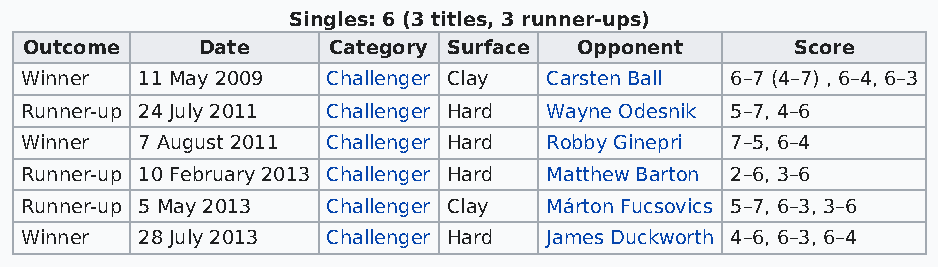
Singles: 6 (3 titles, 3 runner-ups)
 Outcome    Date     Category Surface Opponent      Score
 Winner  11 May 2009  Challenger Clay Carsten Ball 6–7 (4–7) , 6–4, 6–3
 Runner-up 24 July 2011 Challenger Hard Wayne Odesnik 5–7, 4–6
 Winner  7 August 2011 Challenger Hard Robby Ginepri 7–5, 6–4
 Runner-up 10 February 2013 Challenger Hard Matthew Barton 2–6, 3–6
 Runner-up 5 May 2013 Challenger Clay Márton Fucsovics 5–7, 6–3, 3–6
 Winner  28 July 2013 Challenger Hard James Duckworth 4–6, 6–3, 6–4